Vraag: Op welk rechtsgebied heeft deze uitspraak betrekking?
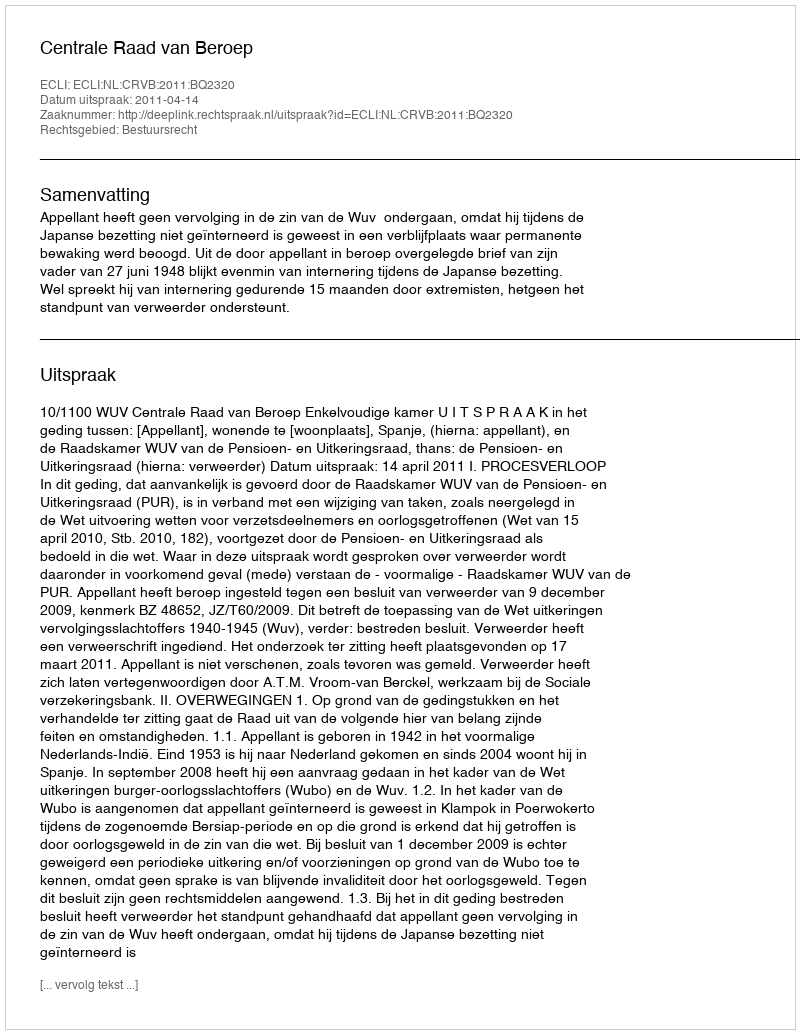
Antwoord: Bestuursrecht